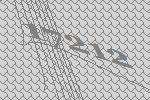
17212